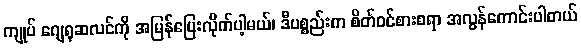
ကျုပ် ဂျေရုဆလင်ကို အမြန်ပြေးလိုက်ပါ့မယ်၊ ဒီပစ္စည်းက စိတ်ဝင်စားစရာ အလွန်ကောင်းပါတယ်